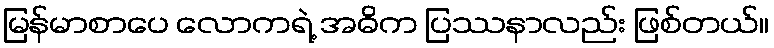
မြန်မာစာပေ လောကရဲ့ အဓိက ပြဿနာလည်း ဖြစ်တယ်။